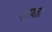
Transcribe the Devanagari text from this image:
नाष्ता